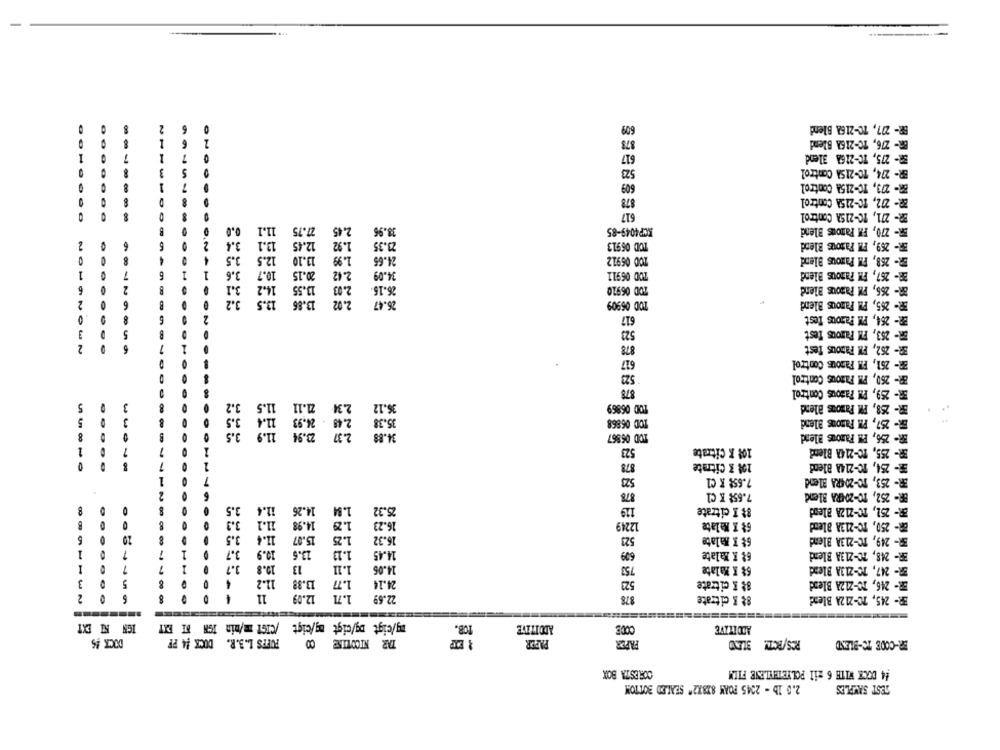
609
BR- 277, TC-2168 Blend
878
617
BR- 275, TC-216A Blend
-
523
ER- 274, TC-215A Control
609
878
617
11.1
27.75
2.45
33.96
SCP4049-85
ER- 270, FM Famous Blend
2
3.4
13.1
12.45
1.92
23.35
TOD 05913
3.5
12.5
8
13.10
1.99
24.65
TOD 06912
268, FM Parous Blend
3.6
10.7
20.15
BR- 267, FM Famous Blend
1
2.42
34.09
TOD 06911
3.1
14.2
13.55
2.03
BR- 266, PM Pazous Blend
06.16.
TOD 06920
3.2
13.5
13.86
2.02
2
6
26.47
TOD 06909
617
ER- 264, PM Famous Test
523
3
5
878
2
627
BR- 261, EM Fazous Control
523
ER- 260, PM Fazous Control
878
3
3.2
11.5
21.11
2.34
36.12
TOD 06869
BR- 258, PM Famous Blend
11.4
5
3.5
2.48 24.93
35.38
TOD 06868
ER- 257, PM Famous Blend
3.5
11.9
23.94
2.37
34.88
TOD 05867
ER- 256, EM Famous Blend
1
7
523
108 K Citrate
BR- 255, TO-214A Blend
878
10% & Citrate
254, TC-2148 Blend
E-
523
7.65% R C1
ER- 253, TO-204RA Blend
2
6
878
7.65₺ K Cl
ER- 252, TO-ZARA Blend
8
3.5
11.4
14.26
1.94
25.32
119
8% I citrate
BR- 251, TC-212A Blend
11.1
14.98
1.29
16.23
12249
6% X Malate
BR- 250, FC-213A Blend
3.5
11.4
15.07
1.25
16.32
523
6% X Malate
BR- 249, TC-213A Blend
7
3.7
19.9
13.6
1.13
14.45
609
6% X Malate
BR- 248, 20-213A Blend
3.7
I
7
10.8
13
1.11
14.06
753
6% K Malate
BR- 247, TC-213A Blend
13.88 11.2
1.7
3
5
24.14
523
8% & citrate
ER- 246, 10-212A Blend
4
1.71
2
11
12.09
22.69
878
8& & citrate
ER- 245, TC-212A Blend
my/cigt Dg/cigt mg/cigt /CIGt mm/nin IGN MI EXY
IGN NI EXT
TOB.
ADDITIVE
CODE
ADD ILAVE
FUFPS L.3.R. DOCK #4 PF
TAR NICOTINE
PAPER
DOCK 45
PAEDR
BR-CODE TO-BLEND
8
CORESTA BOX
#4 DOCK WITH 6 zil POLYETENLENE FILM
2.0 1b - 2345 POAM 828X2" SEALED BOTTOM
TEST SAMPLES